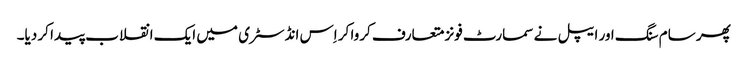
پھر سام سنگ اور ایپل نے سمارٹ فونز متعارف کروا کر اِس انڈسٹری میں ایک انقلاب پیدا کر دیا۔